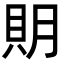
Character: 𧵂